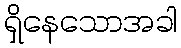
ရှိနေသောအခါ